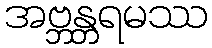
အဗ္ဘန္တရမဿ